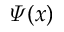
\varPsi ( x )